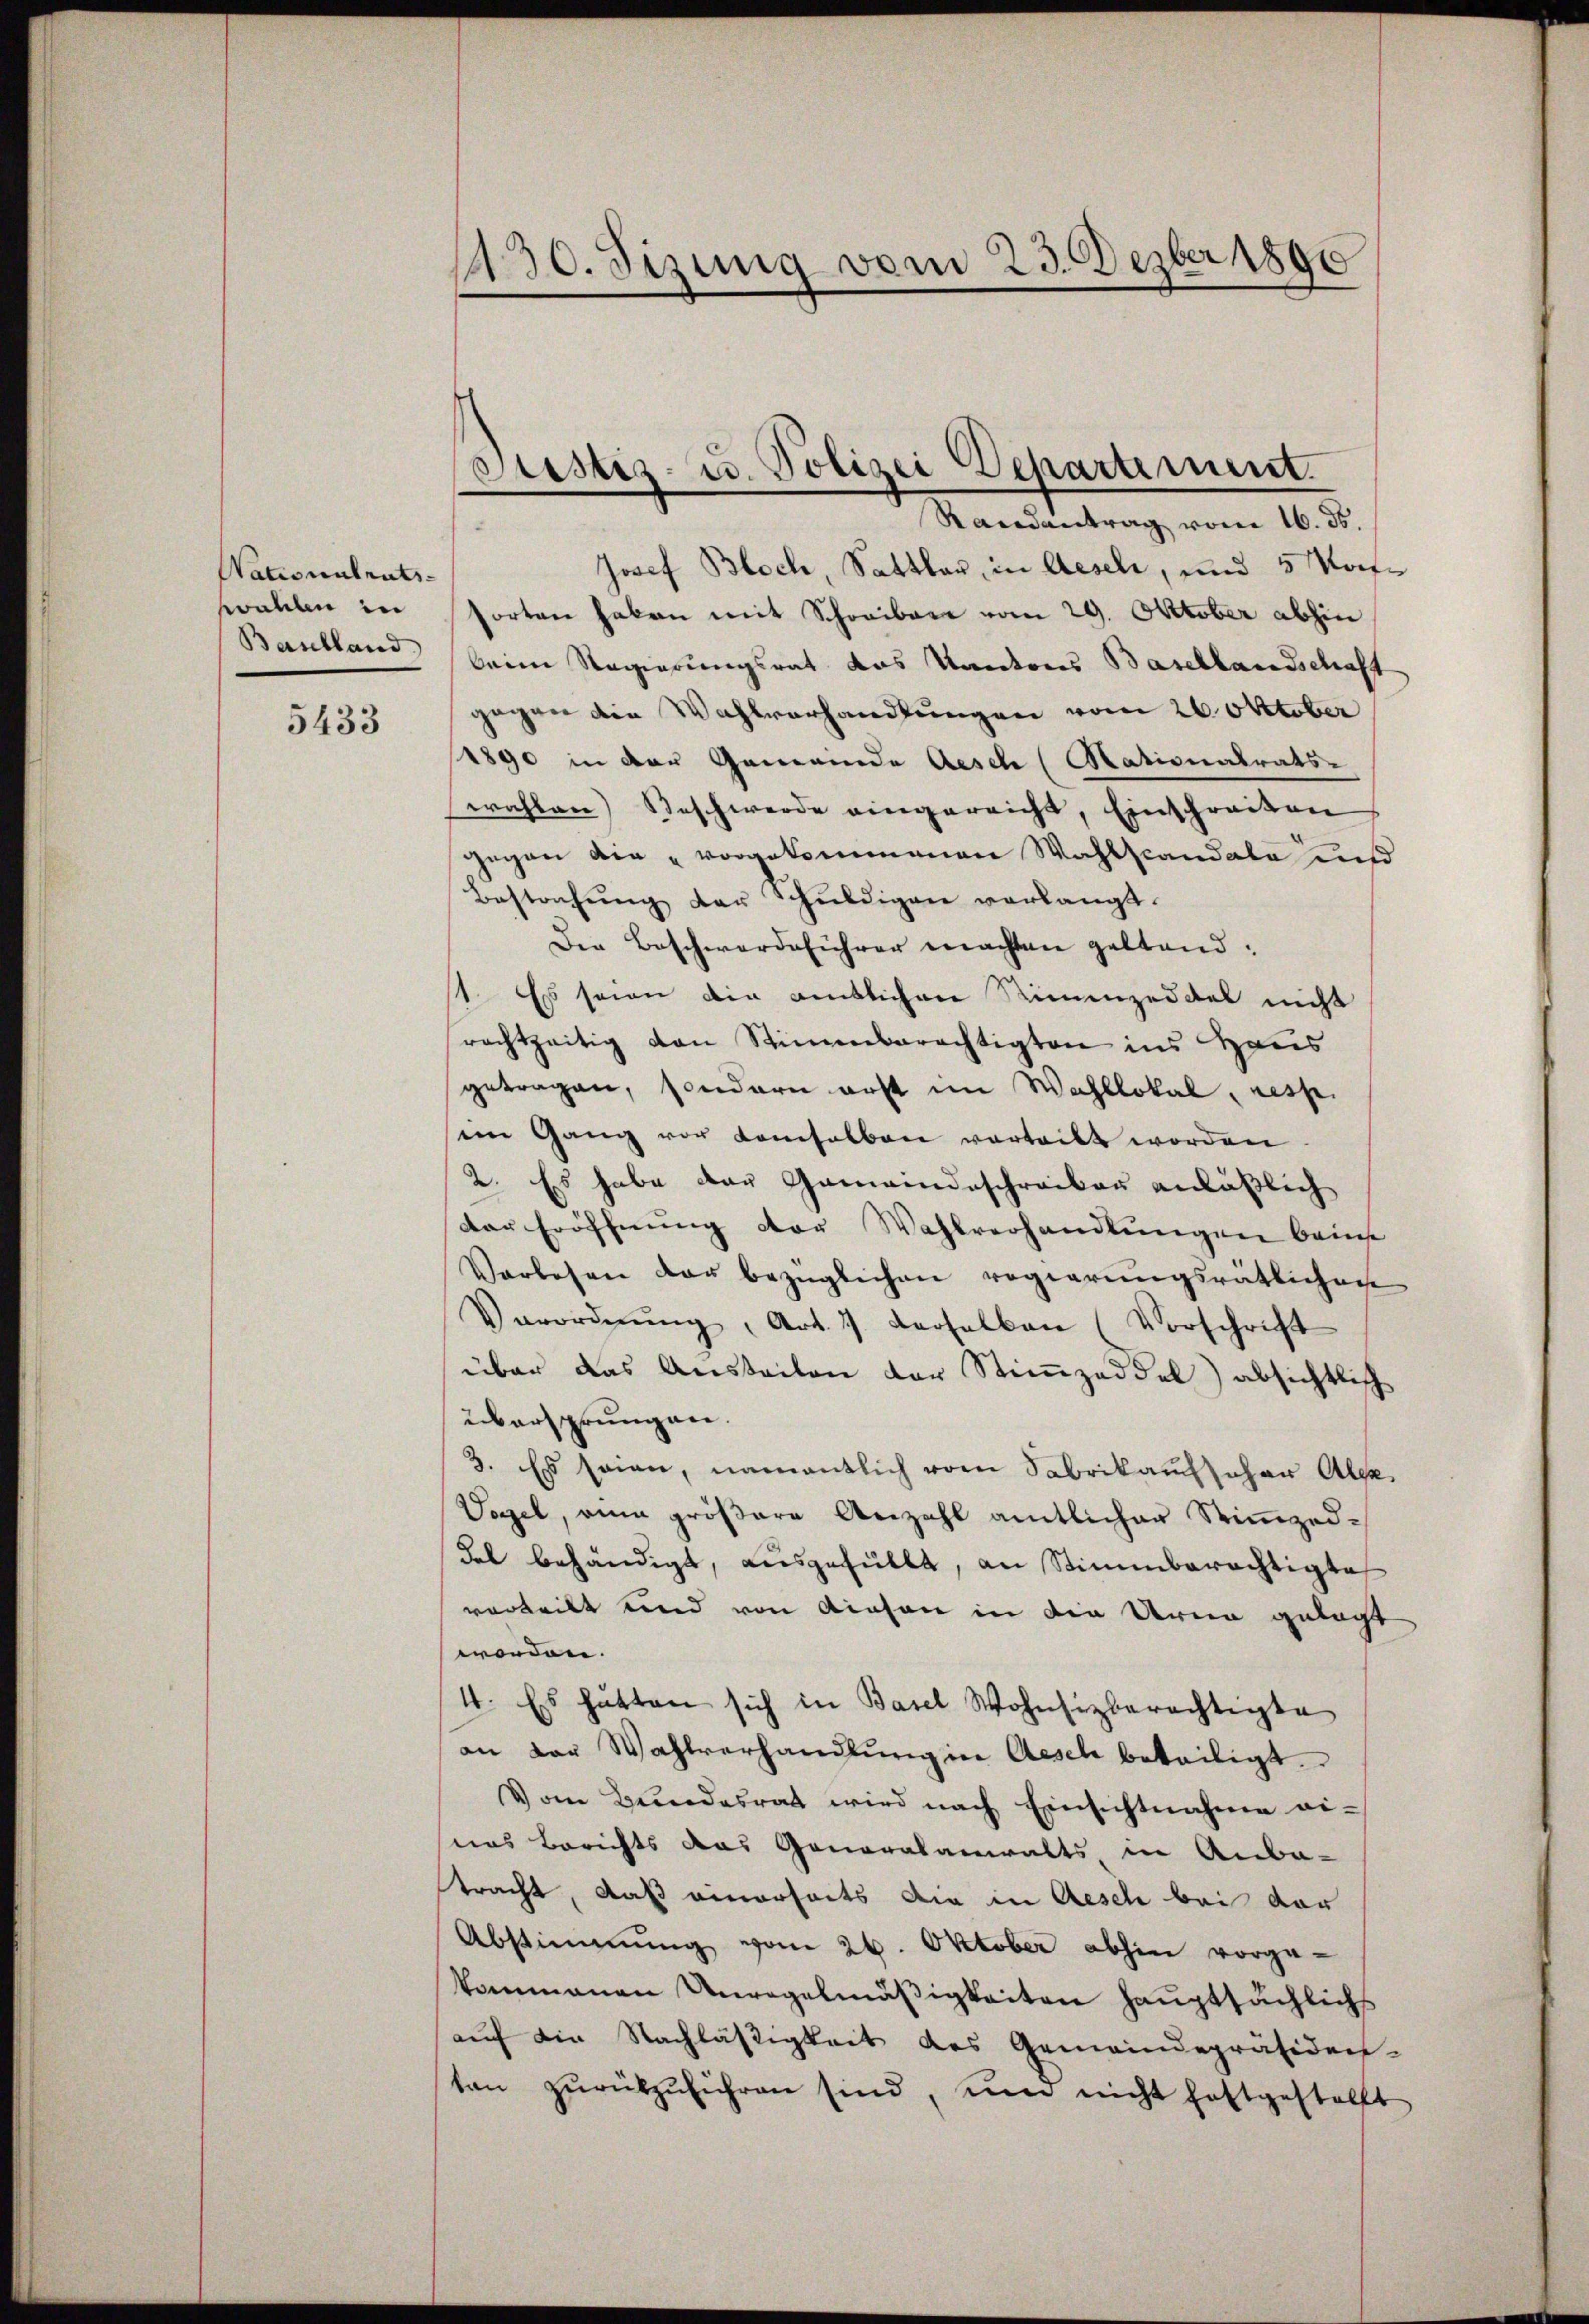
Nationalrats-
wahlen in

5433

130. Sizung vom 23. Dezber 1890

Justiz- u. Polizei Departement

Randantrag vom 16. ds.
Josef Bloch, Sattler, in Aeschi, und 5 Kofforten haben mit Schreiben vom 29. Oktober abhin
Bantland beim Regierungsrat das Kantons Basellandschaft
gegen die Wahlverhandlungen vom 26. Oktober
1890 in der Gemeinde Aesch (Stationatrats-
wahlen Beschwerde eingereicht, Einschreiben
gegen die vorgekommenen Wahlstandata und
Bestachŭng der Schuldigen verlangt.
Der Beschwerdeführer machten geltend:
st. Es seien die amtlichen Stimmzeddel nicht
rachtzeitig von Stimmberechtigten ins Haus
getragen, sondern erst im Wahllokal, resp.
sein Gang vor Kamselben vorteilt worden
2. Es habe der Gemeindeschreiben anläßlich
Der Eröffnung der Wahlverhandlungen beim
Vorlesen der bezüglichen regierŭngsrätlichen
Verordnŭng, Art. 1 derselben (Vorschrift
über das Ansteilen der Stimmzeddel) absichtlich
übersprungen.
3. Es seien, namentlich von Fabrikaufscher Alpe
Vogel, eine größere Anzahl amtlicher Stimmzeddal behändigt, ausgefüllt, an Stimmberechtigte
vorteilt und von diesen in die Uren gelegt
worden.
4. Es hätten sich in Basel Wohnsizberechtigte
an der Wahlverhandlung in Aesch beteiligt.
Vom Bundesrat wird nach Einsichtnahme ei-
nas Berichts das Generalanwalts in Anba-
tracht, daß einerseits die in Aesch bei der
Abstimmung vom 26. Oktober abhin vorge-
kommenen Unregelmäßigkeiten hauptsächlichs
auf die Nachläßigkeit des Gemeindepräsiden-
ten zŭrükzŭführen sind, und nicht haftgestellt